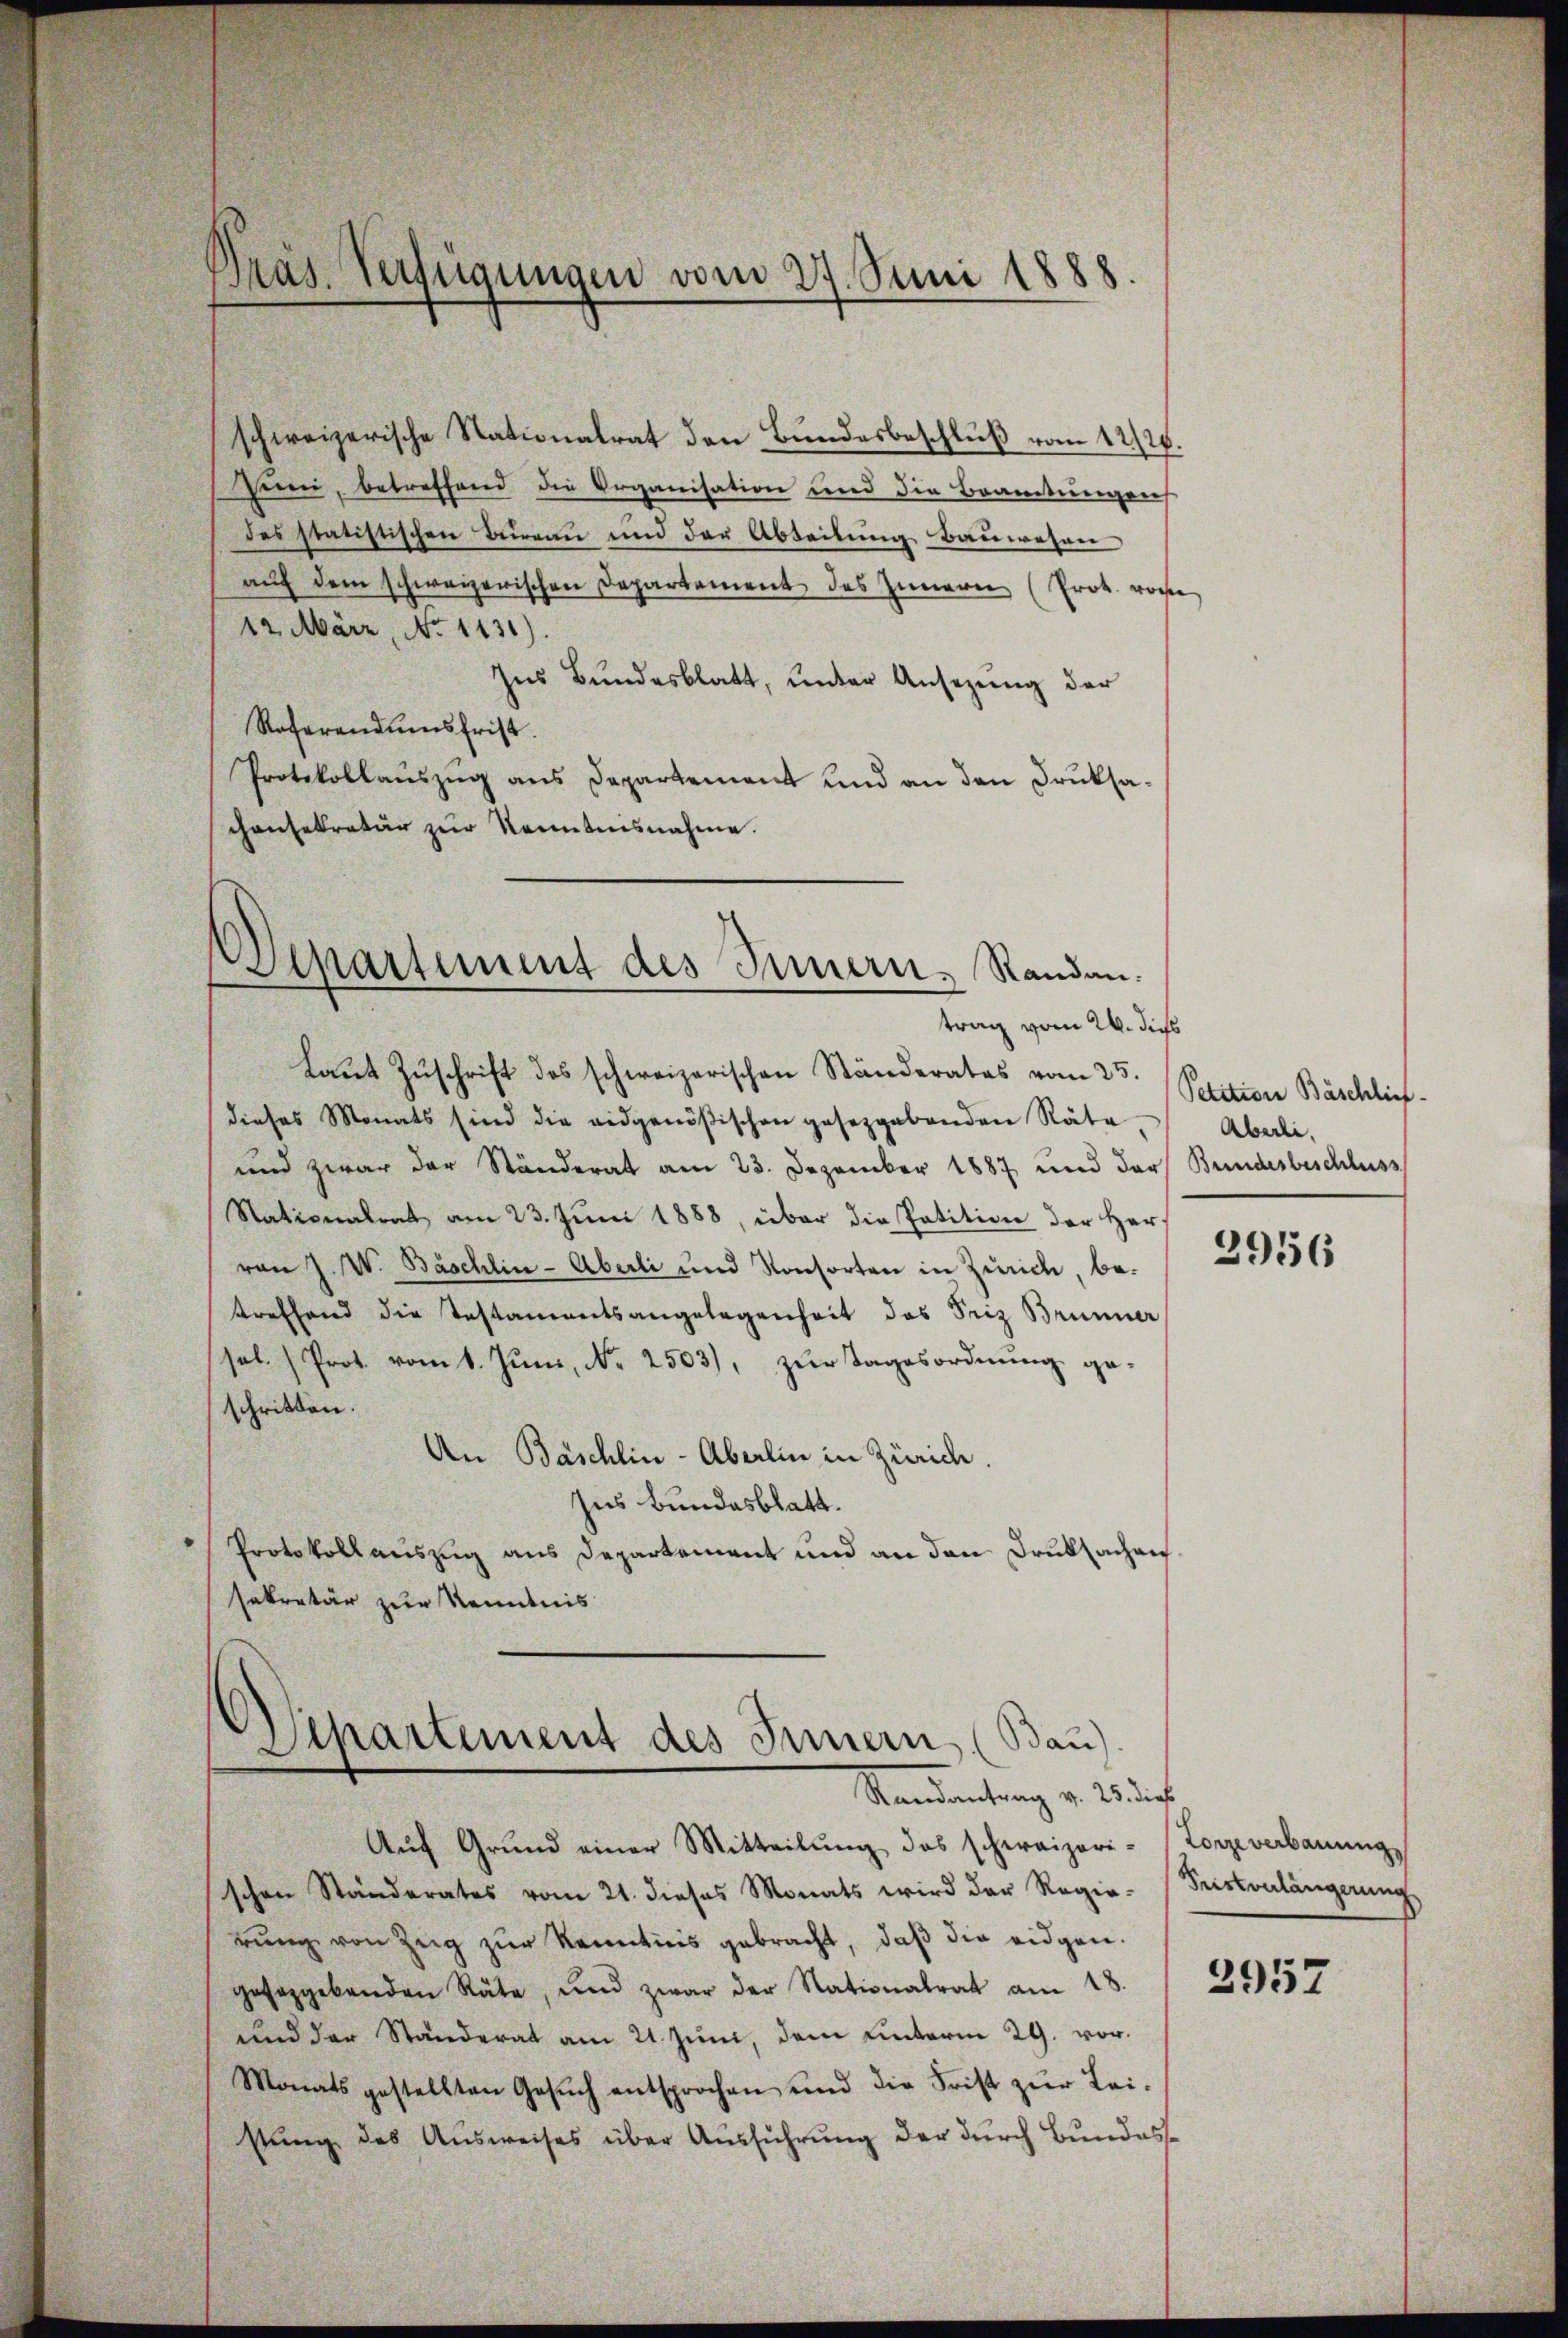
Präs. Verfügungen vom 27. Juni 1888.

schweizerische Nationalrat den Bundesbeschluß vom 12/26.
sien, betreffend die Organisation und die Beamtungen
des statistischen Bureau und der Abteilung Bauwesen
auf dem schweizerischen Departement des Innern (Prok. vore
12. März, No 1131).
Ins Bundesblatt, unter Ansezung der
Referendumsfrist.
Protokollaŭszŭg ans Departement und an den Druksa-
consekretär zur Kenntnisnahme.
Departement des Innern, Randan

trag vom 24. dies

Laut Zuschrift des schweizerischen Ständerates vom 25.
dieses Monats sind die eidgenößischen gesetzgebenden Räte
und zwar der Ständerat am 23. Dezember 1887 und der Bundesbeschluss
Stationalrat am 23. Juni 1888, über die Petition der Hervon J. W. Bäschlin - Aberli und Konsorten in Zürich, be-
treffend die Testamentsangelegenheit des Friz Brünner
se
al. Prot. vom 1. Juni, Nr. 2503), zur Tagesordnung geschritten.
An Baschlin - Aberlin in Zürich.
zus Bundesblatt.
Protokoll auszug aus Departement und an den Druksachen
sekretär zur Kenntnis

Separtement des Innern, (Bau)
Randantrag v. 25 dies

Aŭf Grund einer Mitteilŭng des schweizeri-Lorze verbauung,
schen Ständerates vom 21. dieses Monats wird der Regie-Seiskonlängerŭng
rung von Zug zur Kenntnis gebracht, daß die eidgen.
gesaggebenden Räte, und zwar der Nationalrat am 18.
und der Ständerat am 21. Juni, dem unterm 29. vor¬
Monats gestellten Gesŭch entsprochen und die Frist zŭr Leistŭng des Aŭsweises über Aŭsführŭng der durch Bundes-

Petition Bäschlief
Aberli,

2956

2957